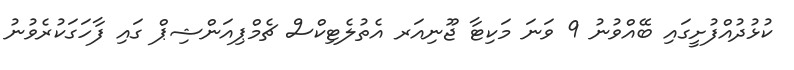
ކުޅުދުއްފުށީގައި ބޭއްވުނު 9 ވަނަ މަކިޓާ ޖޫނިއަރ އެތުލެޓިކްސް ޗެމްޕިއަންޝިޕް ގައި ފާހަގަކުރެވުނު